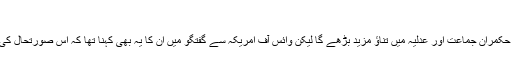
"
سینیئر تجزیہ کار ڈاکٹر ہما بقائی کے خیال حکمران جماعت اور عدلیہ میں تناؤ مزید بڑھے گا لیکن وائس آف امریکہ سے گفتگو میں ان کا یہ بھی کہنا تھا کہ اس صورتحال کی ذمہ داری سیاستدانوں پر ہی عائد ہوتی ہے۔